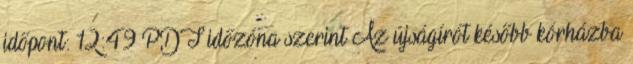
időpont: 12:49 PDT időzóna szerint Az újságírót később kórházba